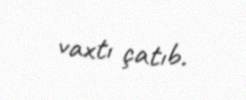
vaxtı çatıb.